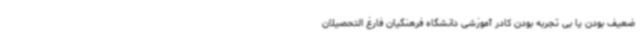
ضعیف بودن یا بی تجربه بودن کادر آموزشی دانشگاه فرهنگیان فارغ التحصیلان